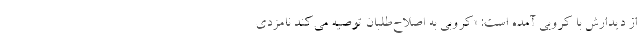
از دیدارش با کروبی آمده است: «کروبی به اصلاح‌طلبان توصیه می‌کند نامزدی